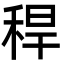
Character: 稈